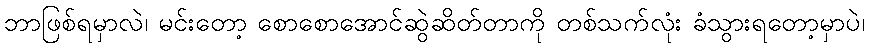
ဘာဖြစ်ရမှာလဲ၊ မင်းတော့ စောစောအောင်ဆွဲဆိတ်တာကို တစ်သက်လုံး ခံသွားရတော့မှာပဲ၊